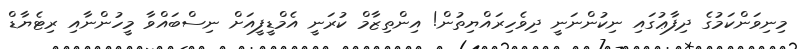
މިނިވަންކަމުގެ ދިފާޢުގައި ނިކުންނަނީ ދިވެހިރައްޔިތުން! އިންތިޒާމް ކުރަނީ އެމްޑީފީއަށް ނިސްބައްވާ މީހުންނާއި ރިޓެޔާޑް